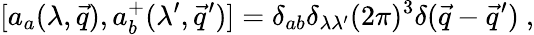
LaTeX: [a_{a}(\lambda,\vec{q}),a_{b}^{+}(\lambda^{\prime},\vec{q}^{\prime})]=\delta_{ab}\delta_{\lambda\lambda^{\prime}}(2\pi)^{3}\delta(\vec{q}-\vec{q}^{\prime})~,